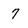
Character: 7